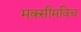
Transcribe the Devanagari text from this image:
मक्सीमविच